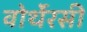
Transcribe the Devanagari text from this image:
वोर्थेरसी